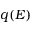
q ( E )